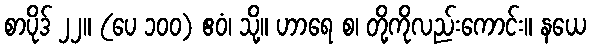
စာပိုဒ် ၂၂။ (ပေ ၁၀၀) ဧဝံ၊ သို့။ ဟာရေ စ၊ တို့ကိုလည်းကောင်း။ နယေ